Indian journal of veterinary science and animal husbandry - Volume 3,
Year: 1933
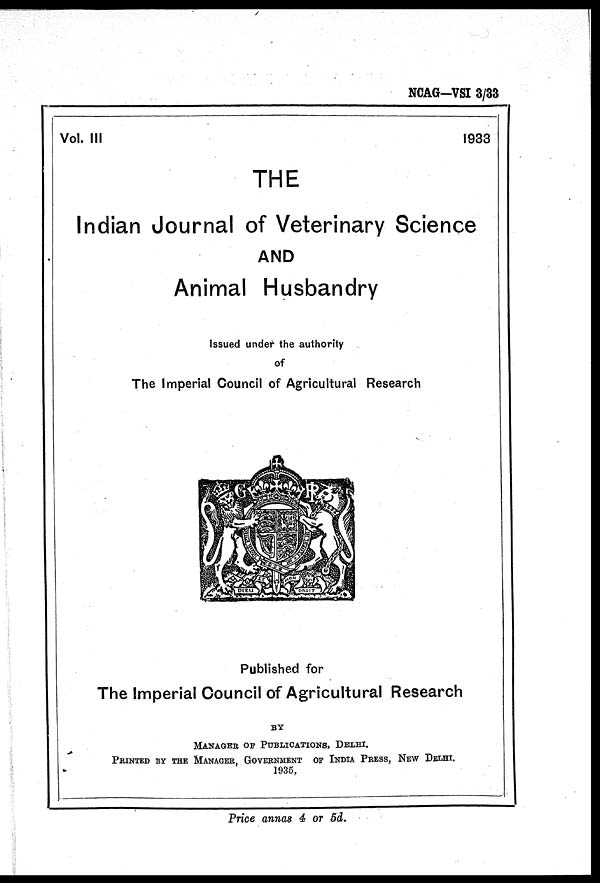
NCAG-VSI 3/33
Vol. III
1933
THE
Indian Journal of Veterinary Science
AND
Animal Husbandry
Issued under the authority
of
The Imperial Council of Agricultural Research
Published for
The Imperial Council of Agricultural Research
BY
MANAGER OF PUBLICATIONS, DELHI.
PRINTED BY THE MANAGER, GOVERNMENT OF INDIA PRESS, NE
1935.
Price annas 4 or 5d.